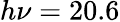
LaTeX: h\nu=20.6